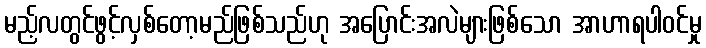
မည့်လတွင်ဖွင့်လှစ်တော့မည်ဖြစ်သည်ဟု အပြောင်းအလဲများဖြစ်သော အာဟာရပါဝင်မှု